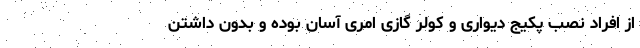
از افراد نصب پکیج دیواری و کولر گازی امری آسان بوده و بدون داشتن